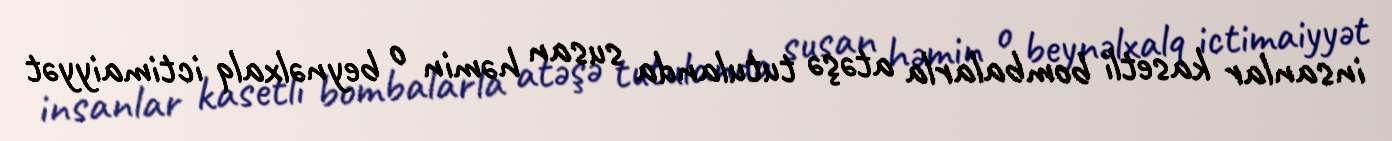
insanlar kasetli bombalarla atəşə tutulanda susan həmin o beynəlxalq ictimaiyyət